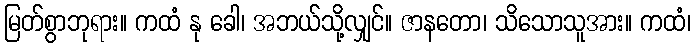
မြတ်စွာဘုရား။ ကထံ နု ခေါ၊ အဘယ်သို့လျှင်။ ဇာနတော၊ သိသောသူအား။ ကထံ၊